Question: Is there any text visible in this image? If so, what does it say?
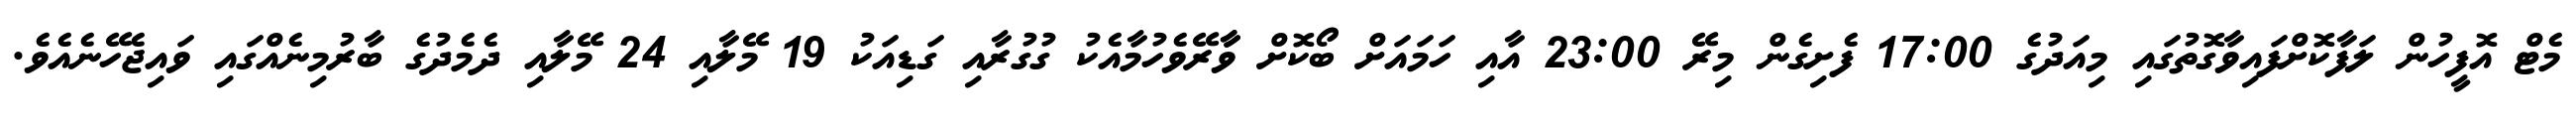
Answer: މެޓް އޮފީހުން ލަފާކޮށްފައިވާގޮތުގައި މިއަދުގެ 17:00 ފެށިގެން މިރޭ 23:00 އާއި ހަމައަށް ބޯކޮށް ވާާރޭވެހުމާއެކު ގުގުރާއި ގަޑިއަކު 19 މޭލާއި 24 މޭލާއި ދެމެދުގެ ބާރުމިނެއްގައި ވައިޖެހޭނެއެވެ.